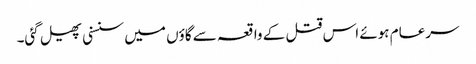
سرعام ہوئے اس قتل کے واقعہ سے گاؤں میں سنسنی پھیل گئی۔